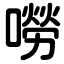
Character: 嘮